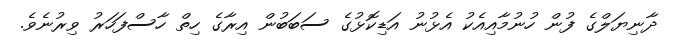
ދާނިޔަލްގެ ފުން ހުނުމާއިއެކު އެޅުނު އަޑިކޮޅުގެ ސަބަބުން އިރާގެ ހިތް ހާސްފަހަރު ވިރުނެވެ.